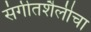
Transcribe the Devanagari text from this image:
संगीतशैलीचा